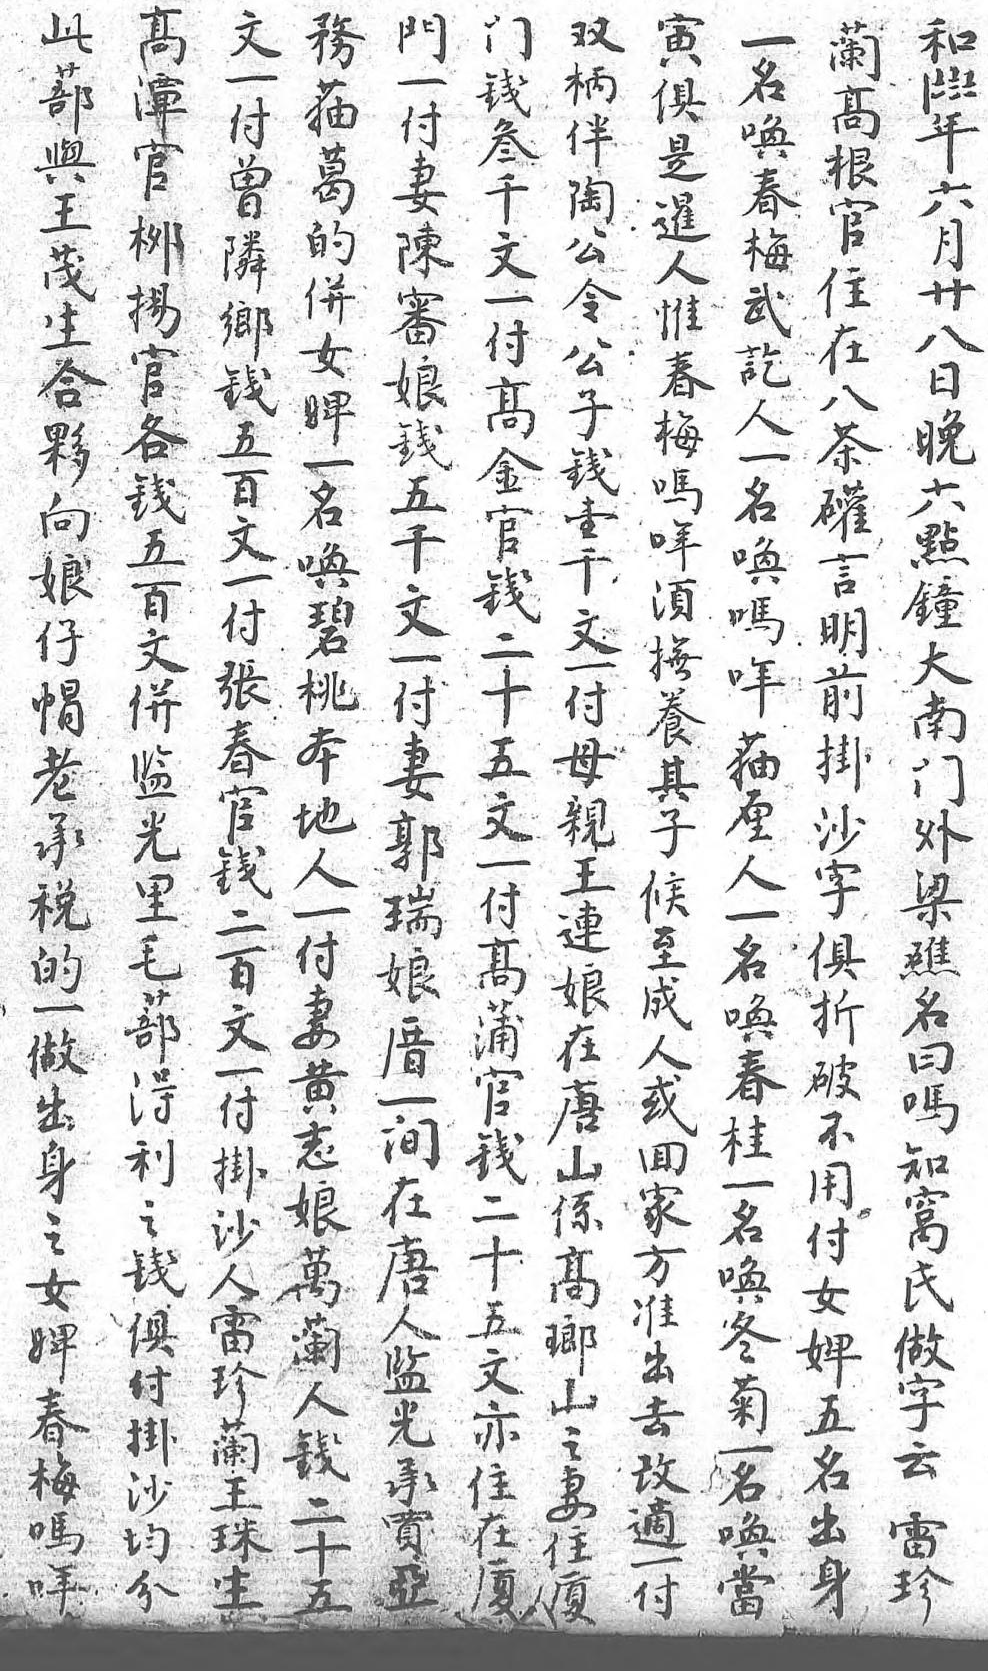
文此門雙高務和寅門蘭一一蔀錢柄潭貓1俱一高名付與叁伴官葛7是付根唤曾王千陶柳的8暹妻官春鄰茂文公揚併7人陳住梅鄉生一令官女年惟審在武錢合付公各婢六春娘八訖五夥高子錢一月梅錢茶人百向金錢五名廿嗎五罐一文娘官壹百唤八哖千言名一仔錢千文碧日須文明唤付帽二文併桃晚撫一前嗎張老十一監本六養付掛哖春承五付光地點其妻沙貓官税文母里人鐘子郭字厘錢的一親毛一大候瑞俱人二一付王蔀付南至娘折一百做高連得妻門成厝破名文出蒲娘利黄外人一不唤一身官在之志梁或間用春付之錢唐錢娘礁回在付桂掛女二山俱萬名家唐女一沙婢十係付蘭日方人婢名人春五高掛人嗎準監五唤雷梅文琅沙錢知出光名冬珍嗎亦山均二窩去承出菊蘭哖住之分十氏改買身一王 在妻 五做適亞 名珠 廈住  字一  唤生  廈  云付  當                 雷          珍